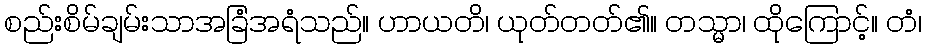
စည်းစိမ်ချမ်းသာအခြံအရံသည်။ ဟာယတိ၊ ယုတ်တတ်၏။ တသ္မာ၊ ထိုကြောင့်။ တံ၊